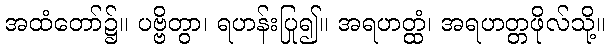
အထံတော်၌။ ပဗ္ဗိတွာ၊ ရဟန်းပြု၍။ အရဟတ္ထံ၊ အရဟတ္တဖိုလ်သို့။